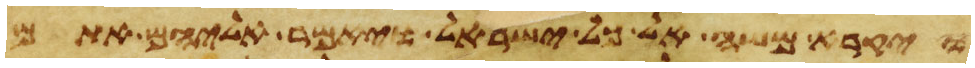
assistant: ויקרא משה אל כל ישראל ויאמר אליהם אתם